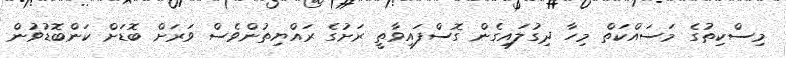
މިސްކިތުގެ މަސައްކަތް މިހާ ދިގުލައިގެން ގޮސްފައިވާތީ ރަށުގެ ރައްޔިތުންވެސް ވަރަށް ބޮޑަށް ކަންބޮޑުވުން